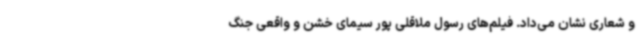
و شعاری نشان می‌داد. فیلم‌های رسول ملاقلی پور سیمای خشن و واقعی جنگ